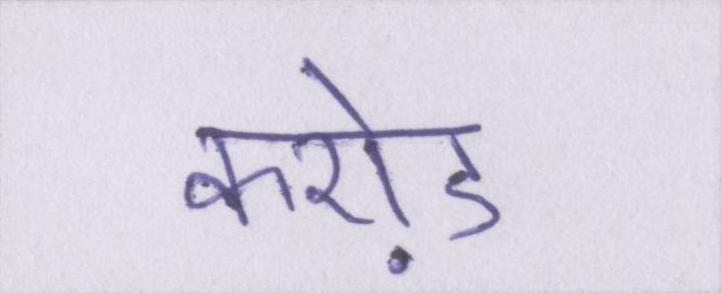
करो़ड